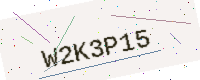
Text: W2K3P15